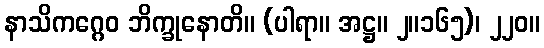
နာသိကဂ္ဂေဝ ဘိက္ခုနောတိ။ (ပါရာ။ အဋ္ဌ။ ၂။၁၆၅)၊ ၂၂၀။